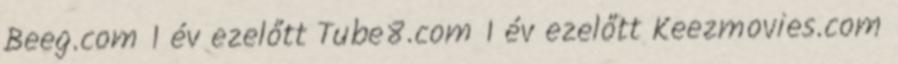
Beeg.com 1 év ezelőtt Tube8.com 1 év ezelőtt Keezmovies.com